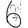
Digit: 6